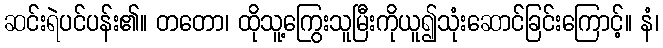
ဆင်းရဲပင်ပန်း၏။ တတော၊ ထိုသူ့ကြွေးသူမြီးကိုယူ၍သုံးဆောင်ခြင်းကြောင့်။ နံ၊